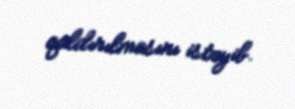
qaldırılmasını istəyib.